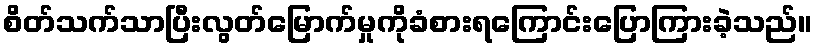
စိတ်သက်သာပြီးလွတ်မြောက်မှုကိုခံစားရကြောင်းပြောကြားခဲ့သည်။